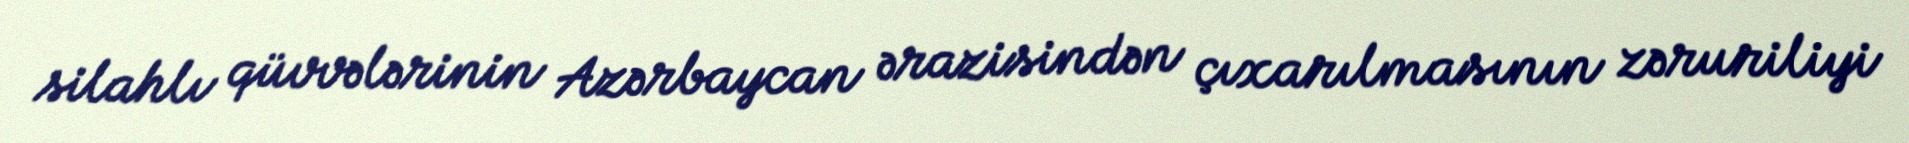
silahlı qüvvələrinin Azərbaycan ərazisindən çıxarılmasının zəruriliyi